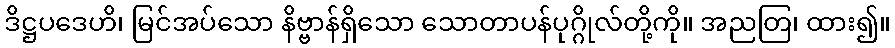
ဒိဋ္ဌပဒေဟိ၊ မြင်အပ်သော နိဗ္ဗာန်ရှိသော သောတာပန်ပုဂ္ဂိုလ်တို့ကို။ အညတြ၊ ထား၍။